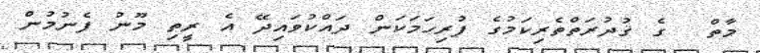
މާތް  ގެ ޤުދުރަތްތެރިކަމުގެ ފުރިހަމަކަން ދައްކުވައިދޭ އެ ރީތި މޫނު ފެނުމުން